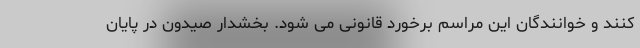
کنند و خوانندگان این مراسم برخورد قانونی می شود. بخشدار صیدون در پایان